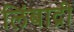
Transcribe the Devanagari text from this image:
लिंबाद्री